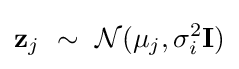
\mathbf {z} _{j}\ \sim \ {\mathcal {N}}(\mathbf {\mu } _{j},\sigma _{i}^{2}\mathbf {I} )